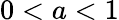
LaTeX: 0<a<1